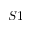
S 1